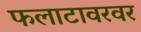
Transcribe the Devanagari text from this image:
फलाटावरवर